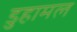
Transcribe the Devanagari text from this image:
डुहामल